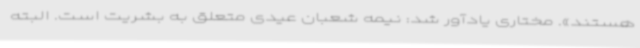
هستند». مختاری یادآور شد: نیمه شعبان عیدی متعلق به بشریت است. البته